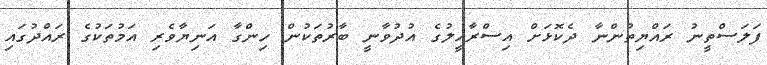
ފަލަސްތީނު ރައްޔިތުންނާ ދެކޮޅަށް އިސްރާއީލުގެ އުދުވާނީ ބާރުތަކުން ހިންގާ އަނިޔާވެރި އަމުތަކުގެ ރައްދުގައި